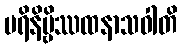
ပရိနိဗ္ဗိဿထနာသဝါတိ